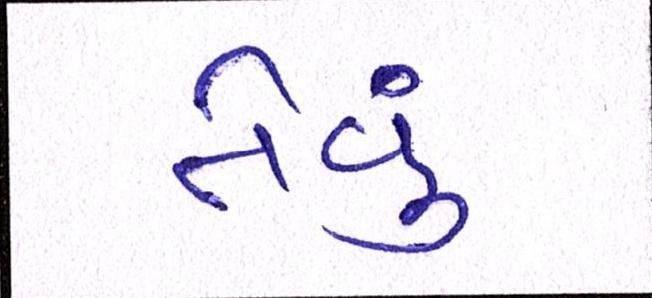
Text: તેવૂં